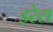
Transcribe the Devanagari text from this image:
इरेस